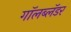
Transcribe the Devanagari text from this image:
गॉलब्लॅडर